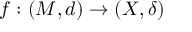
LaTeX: \zeta ( - s ) = \sum _ { n = 1 } ^ { \infty } n ^ { s } = 1 ^ { s } + 2 ^ { s } + 3 ^ { s } + \cdots = - { \frac { B _ { s + 1 } } { s + 1 } } \, ,